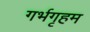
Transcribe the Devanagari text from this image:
गर्भगृहम